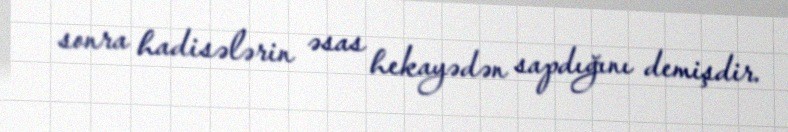
sonra hadisələrin əsas hekayədən sapdığını demişdir.